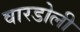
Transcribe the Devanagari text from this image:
वारडोली